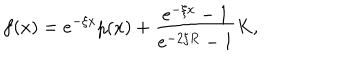
f ( x ) = e ^ { - \xi x } p ( x ) + \frac { e ^ { - \xi x } - 1 } { e ^ { - 2 \xi R } - 1 } K ,